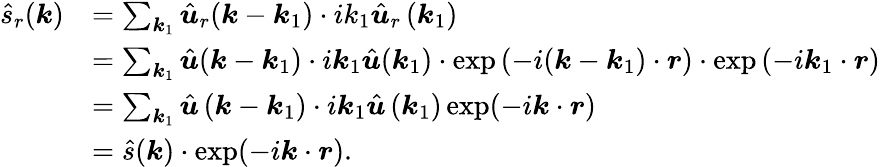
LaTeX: \begin{array}{ll}{\hat{s}_{r}(\boldsymbol k)}&{=\sum_{\boldsymbol k_{1}}\hat{\boldsymbol u}_{r}(\boldsymbol k-\boldsymbol k_{1})\cdot ik_{1}\hat{\boldsymbol u}_{r}\left(\boldsymbol k_{1}\right)}\\ &{=\sum_{\boldsymbol k_{1}}\hat{\boldsymbol u}(\boldsymbol k-\boldsymbol k_{1})\cdot i\boldsymbol k_{1}\hat{\boldsymbol u}(\boldsymbol k_{1})\cdot\exp\left(-i(\boldsymbol k-\boldsymbol k_{1})\cdot\boldsymbol r\right)\cdot\exp\left(-i\boldsymbol k_{1}\cdot\boldsymbol r\right)}\\ &{=\sum_{\boldsymbol k_{1}}\hat{\boldsymbol u}\left(\boldsymbol k-\boldsymbol k_{1}\right)\cdot i\boldsymbol k_{1}\hat{\boldsymbol u}\left(\boldsymbol k_{1}\right)\exp(-i\boldsymbol k\cdot\boldsymbol r)}\\ &{=\hat{s}(\boldsymbol k)\cdot\exp(-i\boldsymbol k\cdot\boldsymbol r).}\end{array}